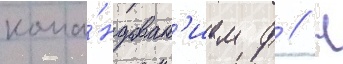
кома́ндован'ием ф // Н